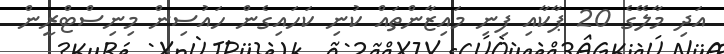
އަދި މާލޭގެ 20 ޕާކާއި ފިނި މައިޒާންތައް ކުނި ކަހައިގެން ހައުސިން މިނިސްޓްރީން